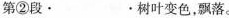
第②段· ·树叶变色，飘落。